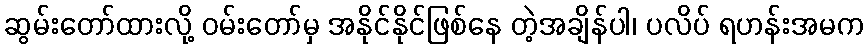
ဆွမ်းတော်ထားလို့ ဝမ်းတော်မှ အနိုင်နိုင်ဖြစ်နေ တဲ့အချိန်ပါ၊ ပလိပ် ရဟန်းအမက